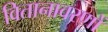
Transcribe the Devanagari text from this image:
वितानावरणों